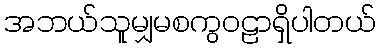
အဘယ်သူမျှမစကွဝဠာရှိပါတယ်